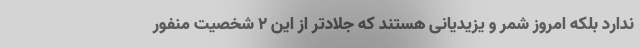
ندارد بلکه امروز شمر و یزیدیانی هستند که جلادتر از این ۲ شخصیت منفور